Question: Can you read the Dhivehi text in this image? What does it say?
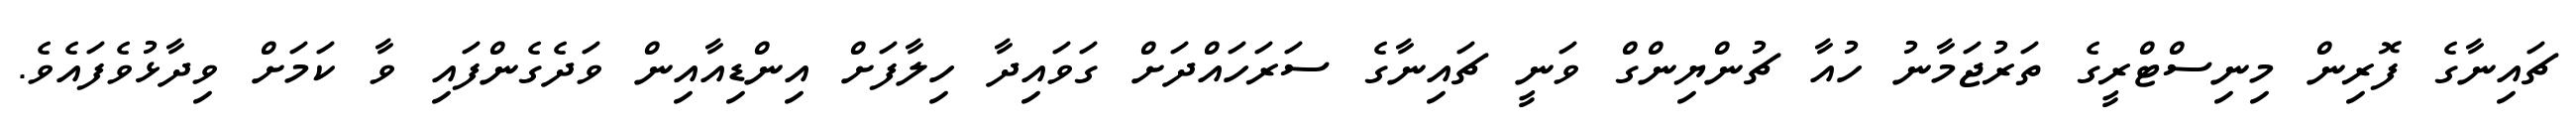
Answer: ޗައިނާގެ ފޮރިން މިނިސްޓްރީގެ ތަރުޖަމާނު ހުއާ ޗުންޔިންގް ވަނީ ޗައިނާގެ ސަރަހައްދަށް ގަވައިދާ ހިލާފަށް އިންޑިއާއިން ވަދެގެންފައި ވާ ކަމަށް ވިދާޅުވެފައެވެ.